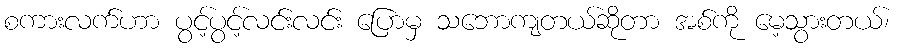
စကားလက်ဟာ ပွင့်ပွင့်လင်းလင်း ပြောမှ သဘောကျတယ်ဆိုတာ အစ်ကို မေ့သွားတယ်၊